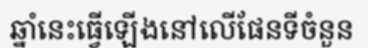
ឆ្នាំនេះធ្វើឡើងនៅលើផែនទីចំនួន